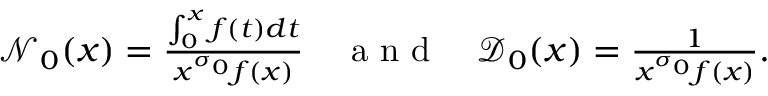
\begin{array} { r } { \mathcal { N } _ { 0 } ( x ) = \frac { \int _ { 0 } ^ { x } f ( t ) d t } { x ^ { \sigma _ { 0 } } f ( x ) } \quad \mathrm { ~ a ~ n ~ d ~ } \quad \mathcal { D } _ { 0 } ( x ) = \frac { 1 } { x ^ { \sigma _ { 0 } } f ( x ) } . } \end{array}